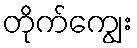
တိုက်ကျွေး